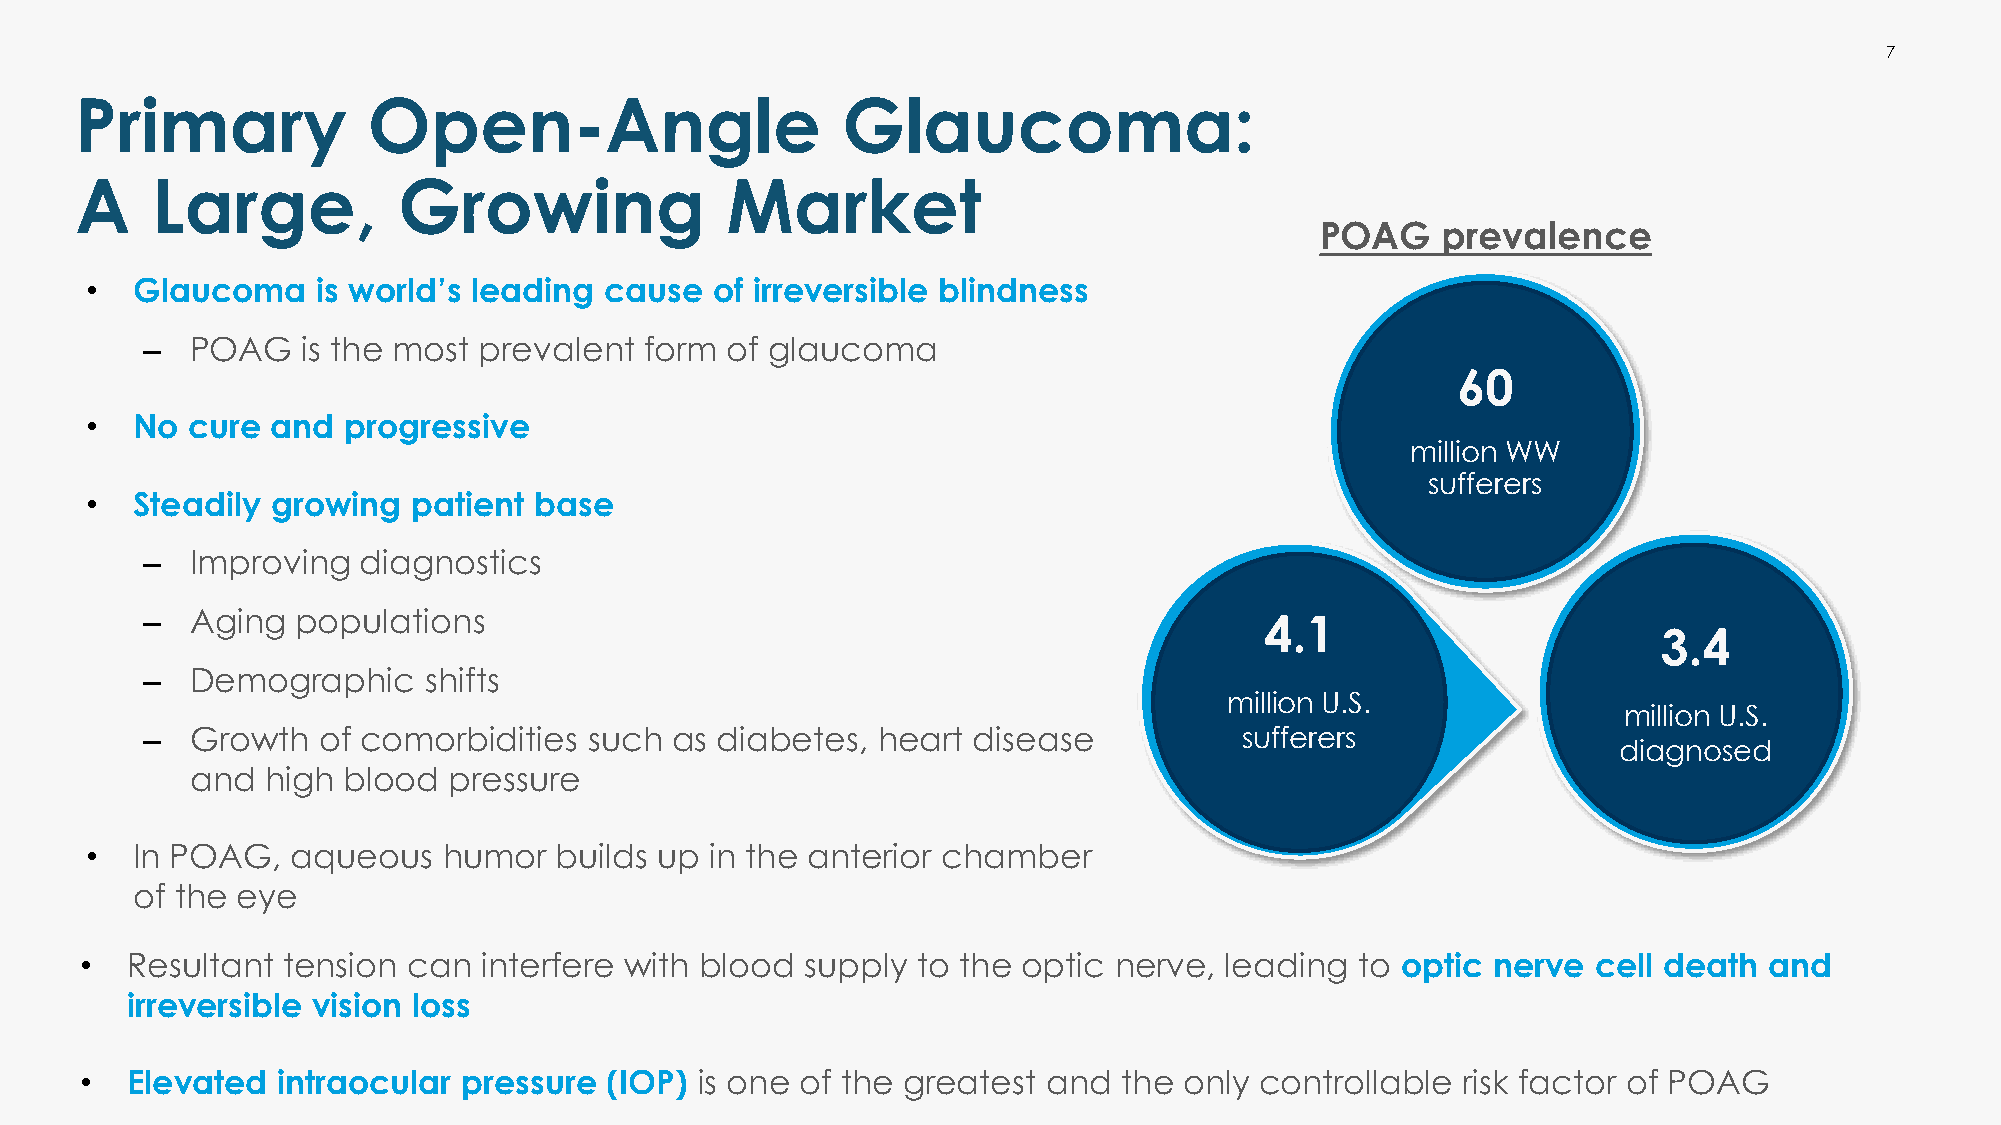
7
 Primary            Open-Angle                      Glaucoma:
 A    Large,          Growing               Market
 POAG    prevalence
 •  Glaucoma    is world’s leading cause  of irreversible blindness
 ‒   POAG   is the most prevalent  form of glaucoma
 60
 •  No cure  and  progressive
 million WW
 sufferers
 •  Steadily growing  patient base
 ‒   Improving  diagnostics
 ‒   Aging  populations                                                     4.1
 3.4
 ‒   Demographic    shifts
 million U.S.
 million U.S.
 ‒   Growth  of comorbidities  such  as diabetes, heart disease           sufferers
 diagnosed
 and  high blood  pressure
 •  In POAG,  aqueous   humor   builds up in the anterior chamber
 of the eye
 •  Resultant  tension can  interfere with blood supply  to the optic nerve, leading  to optic nerve  cell death and
 irreversible vision loss
 •  Elevated  intraocular  pressure (IOP) is one of the greatest and  the only controllable  risk factor of POAG